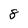
Character: 8